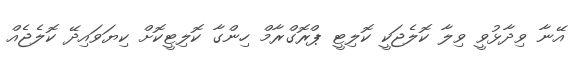
އޭނާ ވިދާޅުވީ ވިލާ ކޮލެޖަކީ ކޮލިޓީ ޕްރޮގްރާމް ހިންގާ ކޮލިޓީކޮށް ކިޔަވައިދޭ ކޮލެޖެއް